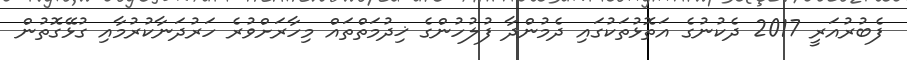
ފެބުރުއަރީ 2017 ދެކުނުގެ އަތޮޅުތަކުގައި ދެމުންދާ ފުލުހުންގެ ޚިދުމަތްތައް މިހާރަށްވުރެ ހަރުދަނާކުރުމާއި ގުޅޭގޮތުން